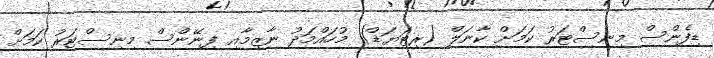
ޑިފެންސް މިނިސްޓަރު ކަމަށް ކާނަލް (ރިޓަޔަޑް) މުހައްމަދު ނާޒިމާއި ފިނޭންސް މިނިސްޓަރު ކަމަށް